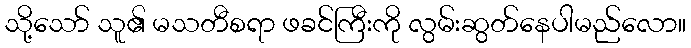
သို့သော် သူ၏ မသတီစရာ ဖခင်ကြီးကို လွမ်းဆွတ်နေပါမည်လော။